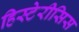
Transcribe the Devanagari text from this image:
हिस्टेरीसिस